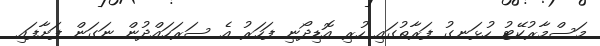
މަސްމާރުކޭޓު ހުޅަނގު ފަރާތުގައި ހުރި އޮޑިދޯނި ފަހަރު އެ ސަރަހައްދުން ނަގަން ފަށާފައި